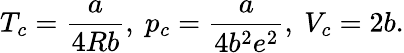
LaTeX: T_{c}={\frac{a}{4Rb}},\ p_{c}={\frac{a}{4b^{2}e^{2}}},\ V_{c}=2b.